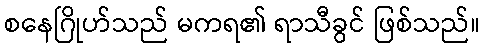
စနေဂြိုဟ်သည် မကရ၏ ရာသီခွင် ဖြစ်သည်။